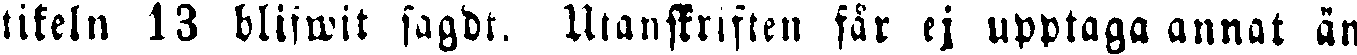
tikeln 13 blifwit sagdt. Utanskriften får ej upptaga annat än